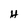
Character: H